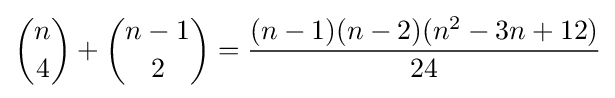
{\binom {n}{4}}+{\binom {n-1}{2}}={\frac {(n-1)(n-2)(n^{2}-3n+12)}{24}}